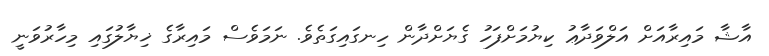
އާޝާ މައިރާއަށް އަލްވަދާޢު ކިޔުމަށްފަހު ގެޔަށްދާން ހިނގައިގަތެވެ. ނަމަވެސް މައިރާގެ ޚިޔާލުގައި މިހާރުވަނީ